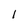
Character: 1